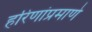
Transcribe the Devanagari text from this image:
हरिणांप्रमाणे